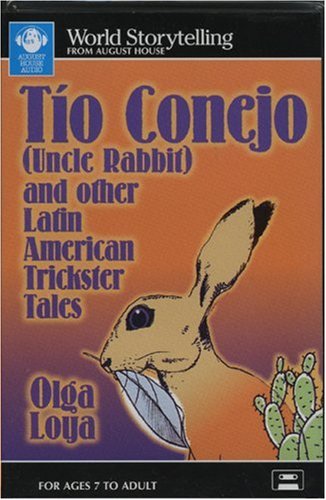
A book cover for Tio Conejo/Uncle Rabbit: And Other Latin American Trickster Tales; Olga Loya; Children's Books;